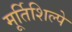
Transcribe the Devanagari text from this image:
मूर्तिशिल्पे